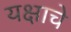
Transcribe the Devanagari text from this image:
यक्षाचे